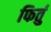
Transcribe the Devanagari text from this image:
फिर्तु